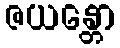
ဇယန္တော